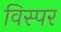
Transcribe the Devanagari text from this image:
विस्पर